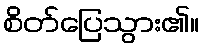
စိတ်ပြေသွား၏။